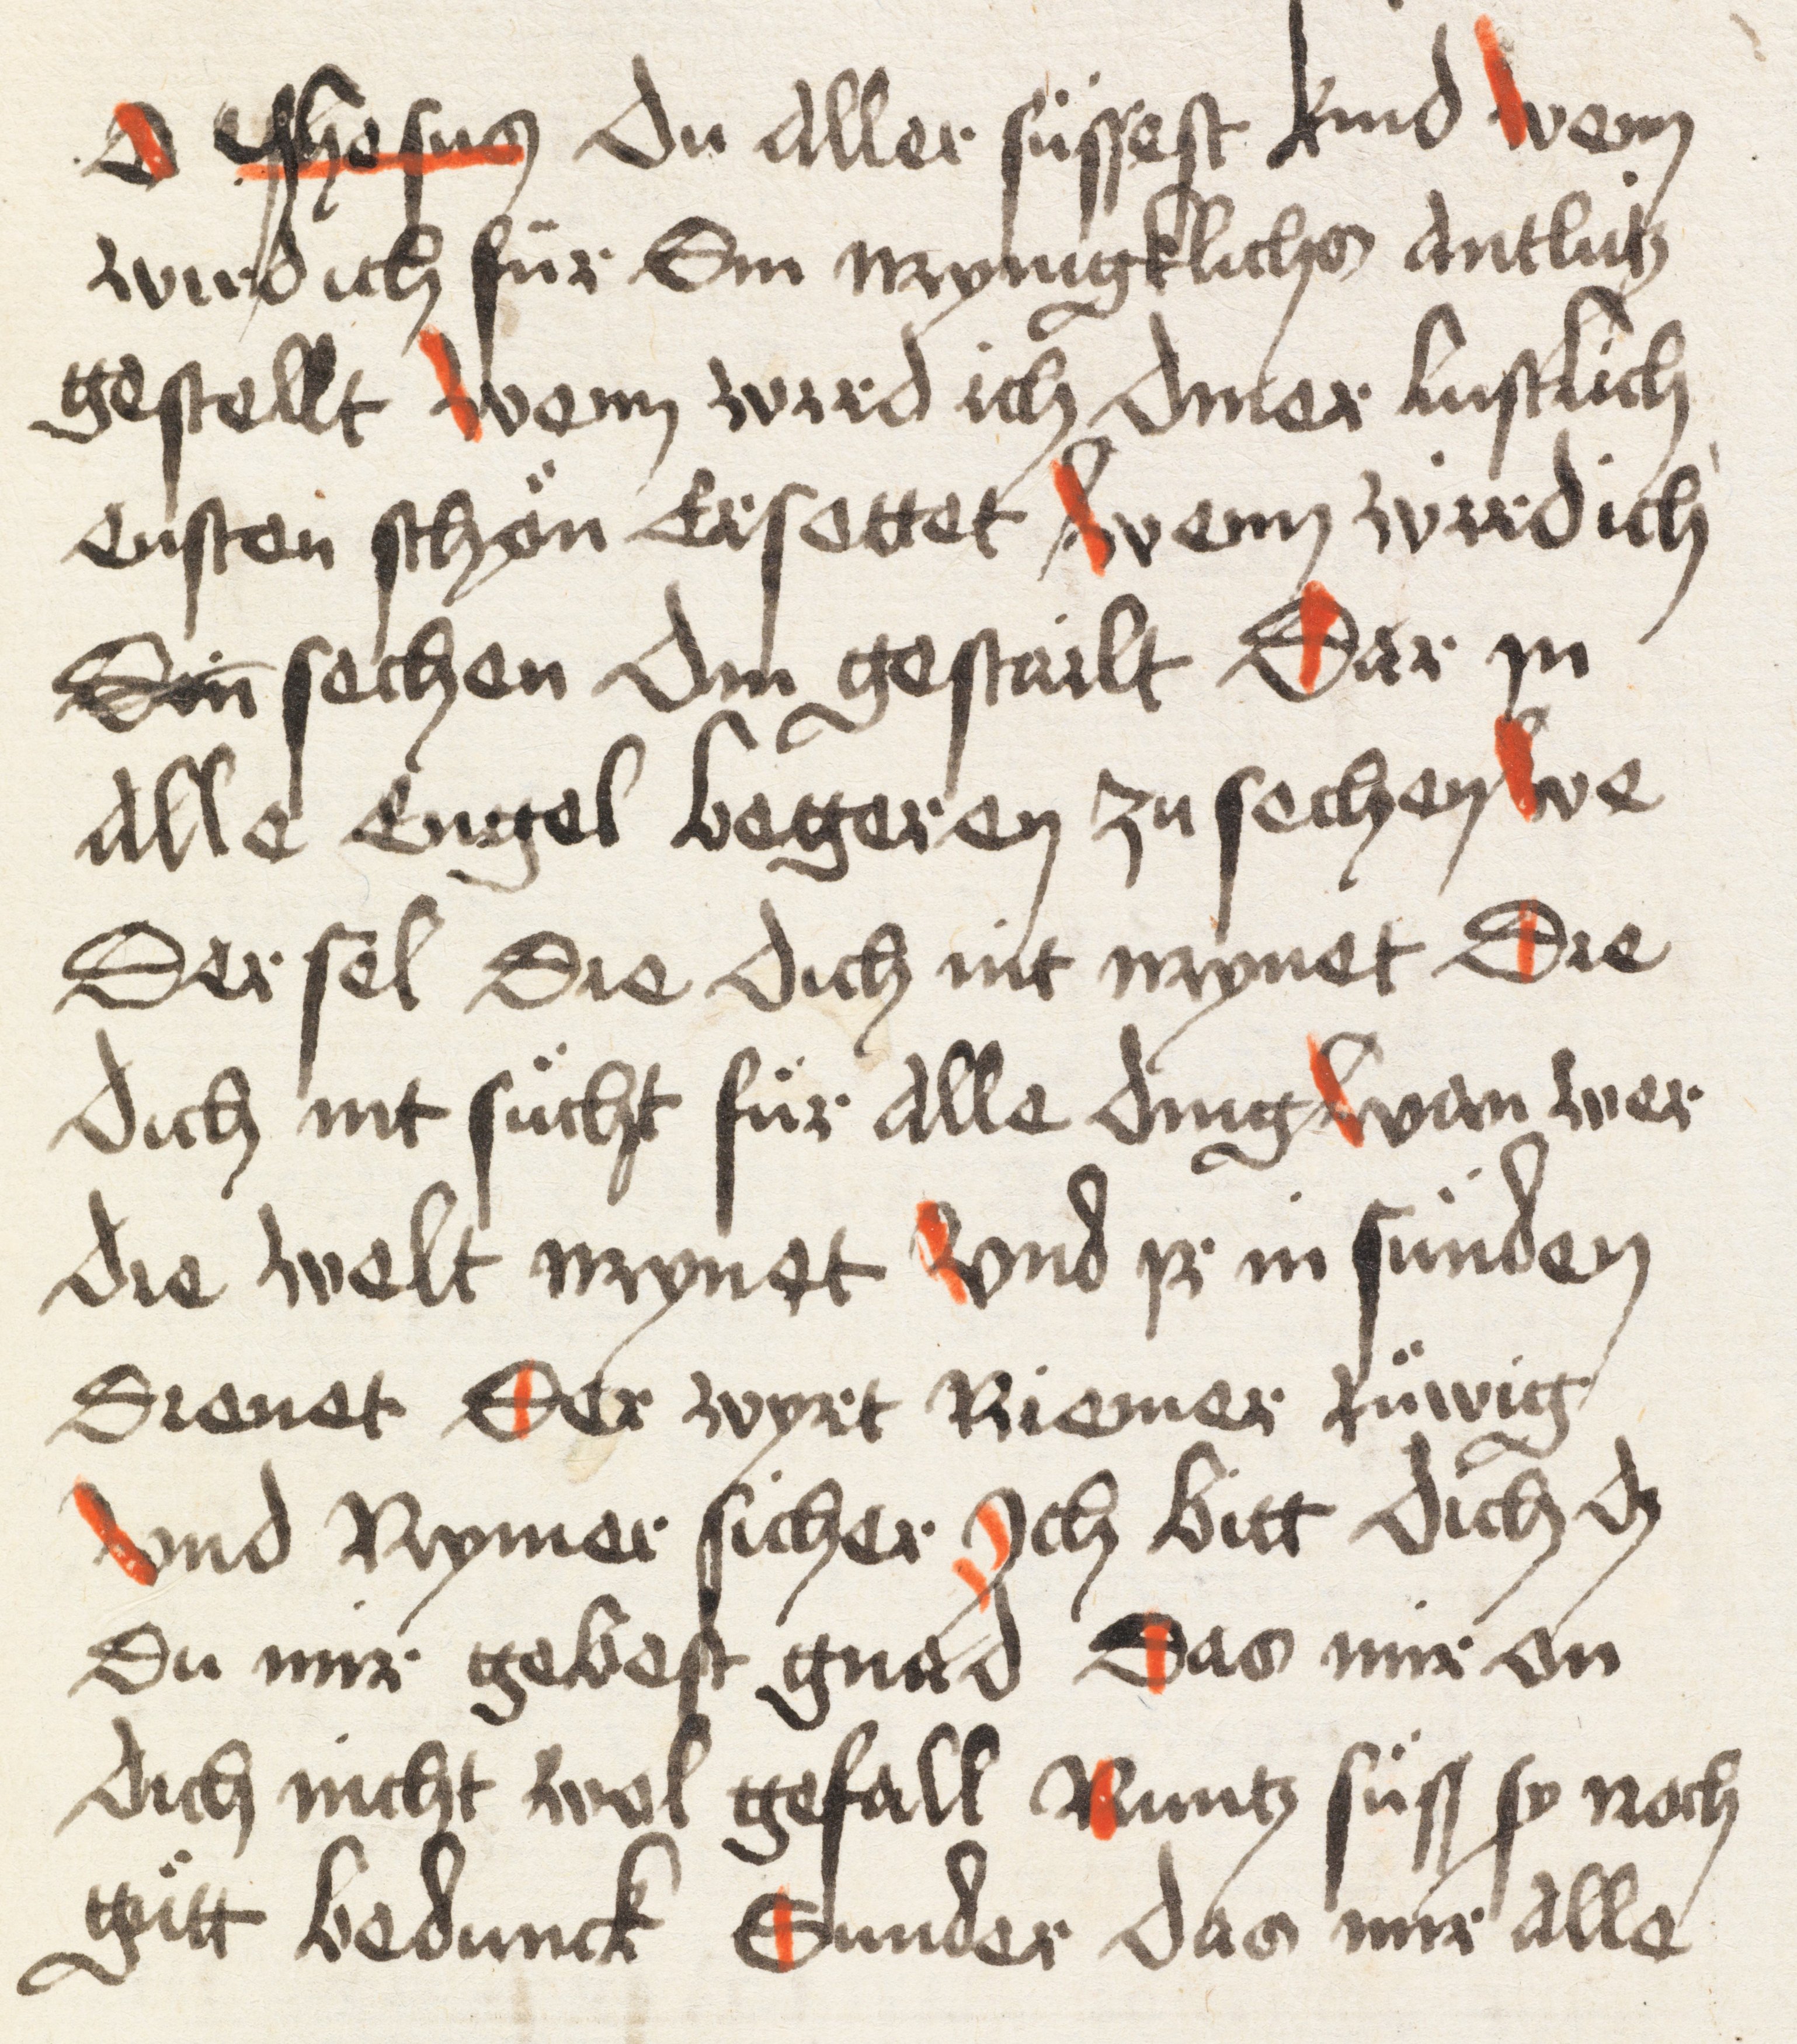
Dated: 1498–1498